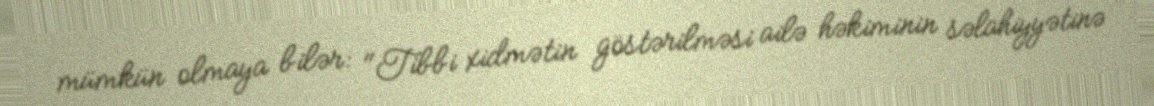
mümkün olmaya bilər: "Tibbi xidmətin göstərilməsi ailə həkiminin səlahiyyətinə